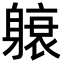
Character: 𬧭